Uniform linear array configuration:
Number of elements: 48
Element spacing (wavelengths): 0.75
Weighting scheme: binomial
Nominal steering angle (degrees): -45
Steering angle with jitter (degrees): -44.541
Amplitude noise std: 0.05
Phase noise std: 0.05

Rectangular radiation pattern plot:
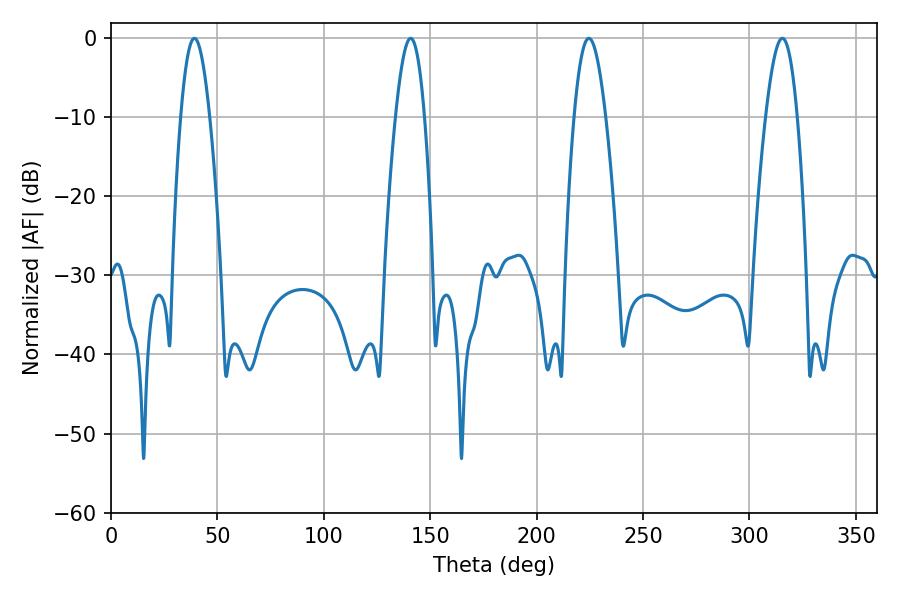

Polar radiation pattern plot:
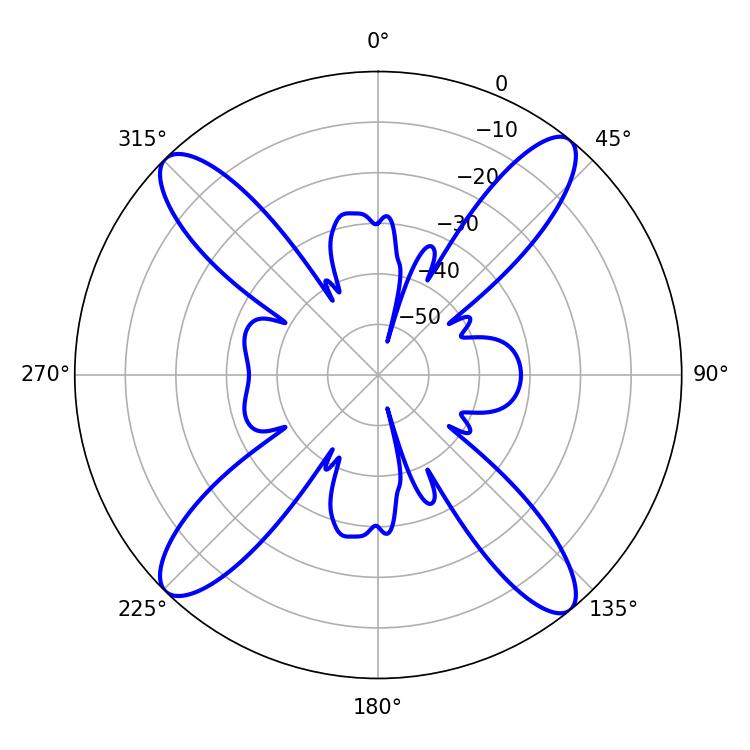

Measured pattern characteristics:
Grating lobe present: TRUE
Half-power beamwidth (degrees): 7.38
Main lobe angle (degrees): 39.24